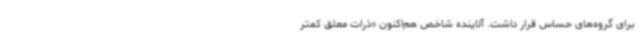
برای گروه‌های حساس قرار داشت. آلاینده شاخص هم‌اکنون «ذرات معلق کمتر